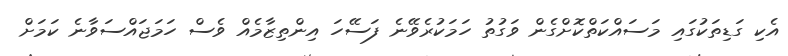
އެކި ގަޑިތަކުގައި މަސައްކަތްކޮށްގެން ވަގުތު ހަމަކުރެވޭނެ ފަސޭހަ އިންތިޒާމެއް ވެސް ހަމަޖައްސަވާނެ ކަމަށް